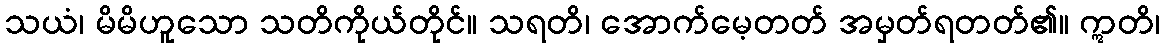
သယံ၊ မိမိဟူသော သတိကိုယ်တိုင်။ သရတိ၊ အောက်မေ့တတ် အမှတ်ရတတ်၏။ ဣတိ၊